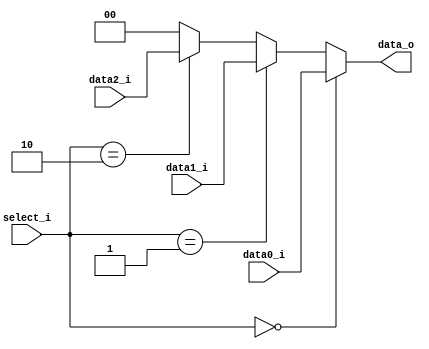
module Mux3to1( data0_i, data1_i, data2_i, select_i, data_o );

parameter size = 0;			   
			
//I/O ports               
input wire	[size-1:0] data0_i;          
input wire	[size-1:0] data1_i;
input wire	[size-1:0] data2_i;
input wire	[2-1:0] select_i;
output wire	[size-1:0] data_o; 

//Main function
/*your code here*/
  assign data_o = (select_i == 2'b00) ? data0_i : (select_i == 2'b01) ? data1_i : (select_i == 2'b10) ? data2_i : 0;

endmodule